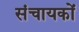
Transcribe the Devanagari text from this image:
संचायकों